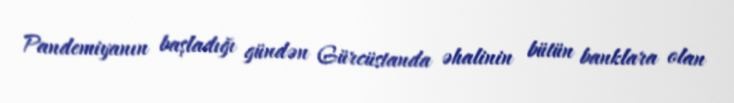
Pandemiyanın başladığı gündən Gürcüstanda əhalinin bütün banklara olan